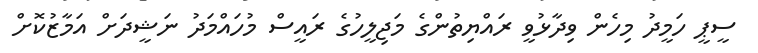
ސީޕީ ހަމީދު މިހެން ވިދާޅުވީ ރައްޔިތުންގެ މަޖިލީހުގެ ރައީސް މުހައްމަދު ނަޝީދަށް އަމާޒުކޮށް